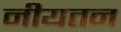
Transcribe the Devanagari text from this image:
नीयतन